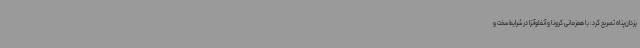
یزدان‌پناه تصریح کرد: با همزمانی کرونا و آنفلوآنزا در شرایط سخت و